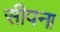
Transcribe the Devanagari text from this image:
सीपना